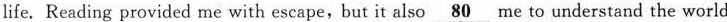
life. Reading provided me with escape,but it also \underline{80} me to understand the world